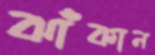
ঝাঁকান